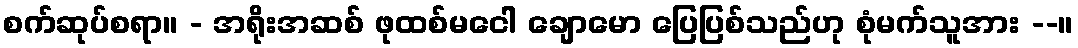
စက်ဆုပ်စရာ။ - အရိုးအဆစ် ဖုထစ်မငေါ ချောမော ပြေပြစ်သည်ဟု စုံမက်သူအား --။